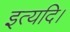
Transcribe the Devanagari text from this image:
इत्यदि।